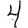
Digit: 4